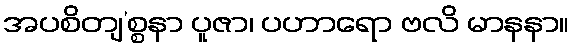
အပစိတျ’စ္စနာ ပူဇာ၊ ပဟာရော ဗလိ မာနနာ။